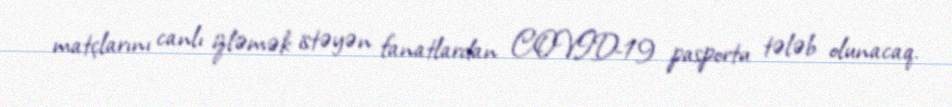
matçlarını canlı izləmək istəyən fanatlardan COVID-19 pasportu tələb olunacaq.